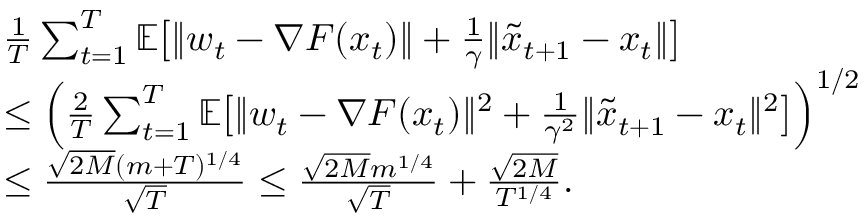
\begin{array} { r l } & { \frac { 1 } { T } \sum _ { t = 1 } ^ { T } \mathbb { E } \big [ \| w _ { t } - \nabla F ( x _ { t } ) \| + \frac { 1 } { \gamma } \| \tilde { x } _ { t + 1 } - x _ { t } \| \big ] } \\ & { \leq \Big ( \frac { 2 } { T } \sum _ { t = 1 } ^ { T } \mathbb { E } \big [ \| w _ { t } - \nabla F ( x _ { t } ) \| ^ { 2 } + \frac { 1 } { \gamma ^ { 2 } } \| \tilde { x } _ { t + 1 } - x _ { t } \| ^ { 2 } \big ] \Big ) ^ { 1 / 2 } } \\ & { \leq \frac { \sqrt { 2 M } ( m + T ) ^ { 1 / 4 } } { \sqrt { T } } \leq \frac { \sqrt { 2 M } m ^ { 1 / 4 } } { \sqrt { T } } + \frac { \sqrt { 2 M } } { T ^ { 1 / 4 } } . } \end{array}